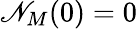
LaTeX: \mathscr{N}_{M}(0)=0